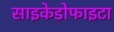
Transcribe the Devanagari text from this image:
साइकेडोफाइटा